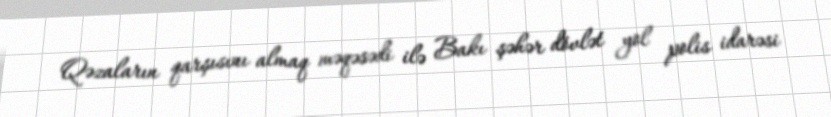
Qəzaların qarşısını almaq məqəsədi ilə Bakı şəhər dövlət yol polis idarəsi